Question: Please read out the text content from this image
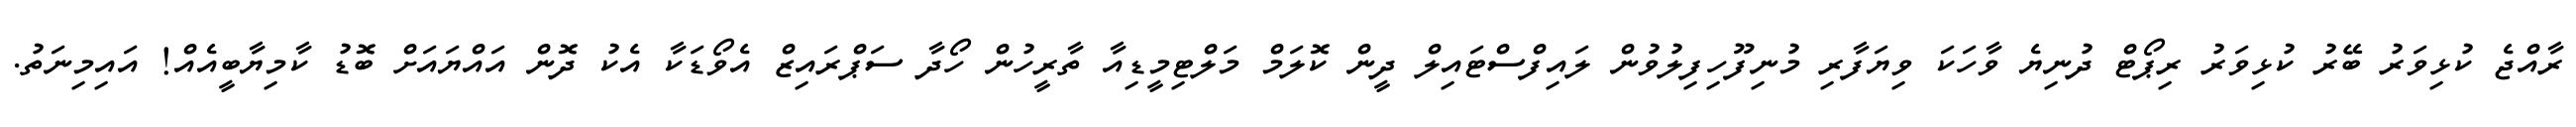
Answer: ރާއްޖެ ކުޅިވަރު ބޭރު ކުޅިވަރު ރިޕޯޓް ދުނިޔެ ވާހަކަ ވިޔަފާރި މުނިފޫހިފިލުވުން ލައިފްސްޓައިލް ދީން ކޮލަމް މަލްޓިމީޑިއާ ތާރީހުން ހޯދާ ސަޕްރައިޒް އެވޯޑަކާ އެކު ދޮން އައްޔައަށް ބޮޑު ކާމިޔާބީއެއް! އައިމިނަތު.